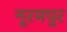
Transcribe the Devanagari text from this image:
नूरमपुर